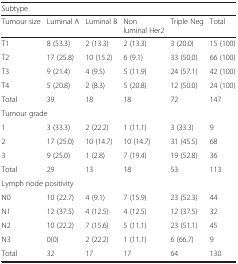
<table><thead><tr><td colspan="6"><b>Subtype</b></td></tr><tr><td><b>Tumour size</b></td><td><b>Luminal A</b></td><td><b>Luminal B</b></td><td><b>Non luminal Her2</b></td><td><b>Triple Neg</b></td><td><b>Total</b></td></tr></thead><tbody><tr><td>T1</td><td>8 (53.3)</td><td>2 (13.3)</td><td>2 (13.3)</td><td>3 (20.0)</td><td>15 (100)</td></tr><tr><td>T2</td><td>17 (25.8)</td><td>10 (15.2)</td><td>6 (9.1)</td><td>33 (50.0)</td><td>66 (100)</td></tr><tr><td>T3</td><td>9 (21.4)</td><td>4 (9.5)</td><td>5 (11.9)</td><td>24 (57.1)</td><td>42 (100)</td></tr><tr><td>T4</td><td>5 (20.8)</td><td>2 (8.3)</td><td>5 (20.8)</td><td>12 (50.0)</td><td>24 (100)</td></tr><tr><td>Total</td><td>39</td><td>18</td><td>18</td><td>72</td><td>147</td></tr><tr><td colspan="6">Tumour grade</td></tr><tr><td>1</td><td>3 (33.3)</td><td>2 (22.2)</td><td>1 (11.1)</td><td>3 (33.3)</td><td>9</td></tr><tr><td>2</td><td>17 (25.0)</td><td>10 (14.7)</td><td>10 (14.7)</td><td>31 (45.5)</td><td>68</td></tr><tr><td>3</td><td>9 (25.0)</td><td>1 (2.8)</td><td>7 (19.4)</td><td>19 (52.8)</td><td>36</td></tr><tr><td>Total</td><td>29</td><td>13</td><td>18</td><td>53</td><td>113</td></tr><tr><td colspan="6">Lymph node positivity</td></tr><tr><td>N0</td><td>10 (22.7)</td><td>4 (9.1)</td><td>7 (15.9)</td><td>23 (52.3)</td><td>44</td></tr><tr><td>N1</td><td>12 (37.5)</td><td>4 (12.5)</td><td>4 (12.5)</td><td>12 (37.5)</td><td>32</td></tr><tr><td>N2</td><td>10 (22.2)</td><td>7 (15.6)</td><td>5 (11.1)</td><td>23 (51.1)</td><td>45</td></tr><tr><td>N3</td><td>0(0)</td><td>2 (22.2)</td><td>1 (11.1)</td><td>6 (66.7)</td><td>9</td></tr><tr><td>Total</td><td>32</td><td>17</td><td>17</td><td>64</td><td>130</td></tr></tbody></table>